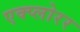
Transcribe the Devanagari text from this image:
एक्प्लोरर